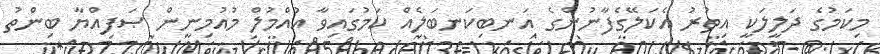
މިކަމުގެ ދަލީލަކީ އިތުރު އެކަލޭގެފާނުންގެ އަނބިކަނބަލެއް ކަމުގައިވާ އުއްމުލް މުއުމިނީން ޞަފިއްޔާ ބިންތު